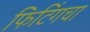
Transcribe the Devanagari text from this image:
फिटिंगचा